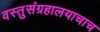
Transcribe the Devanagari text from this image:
वस्तुसंग्रहालयाचाच